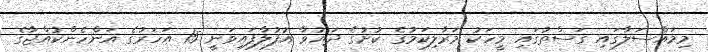
މިމައްސަލާގައި ގަސްތުގައި މީހަކު މަރާލިކަމުގެ ކުށުގެ ދައުވާ އުފުލާފައިވަނީ 15 އަހަރުގެ އަންހެންކުއްޖާގެ